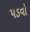
પડવો